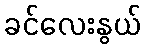
ခင်လေးနွယ်